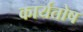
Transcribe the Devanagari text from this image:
कार्यतोष